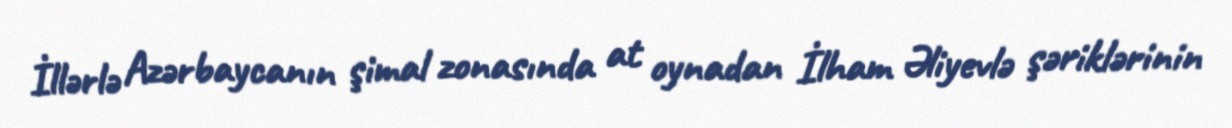
İllərlə Azərbaycanın şimal zonasında at oynadan İlham Əliyevlə şəriklərinin